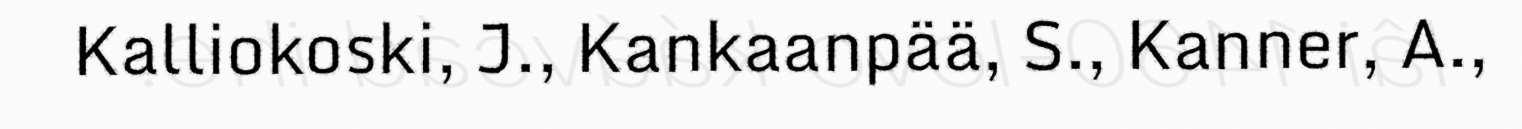
Kalliokoski, J., Kankaanpää, S., Kanner, A.,